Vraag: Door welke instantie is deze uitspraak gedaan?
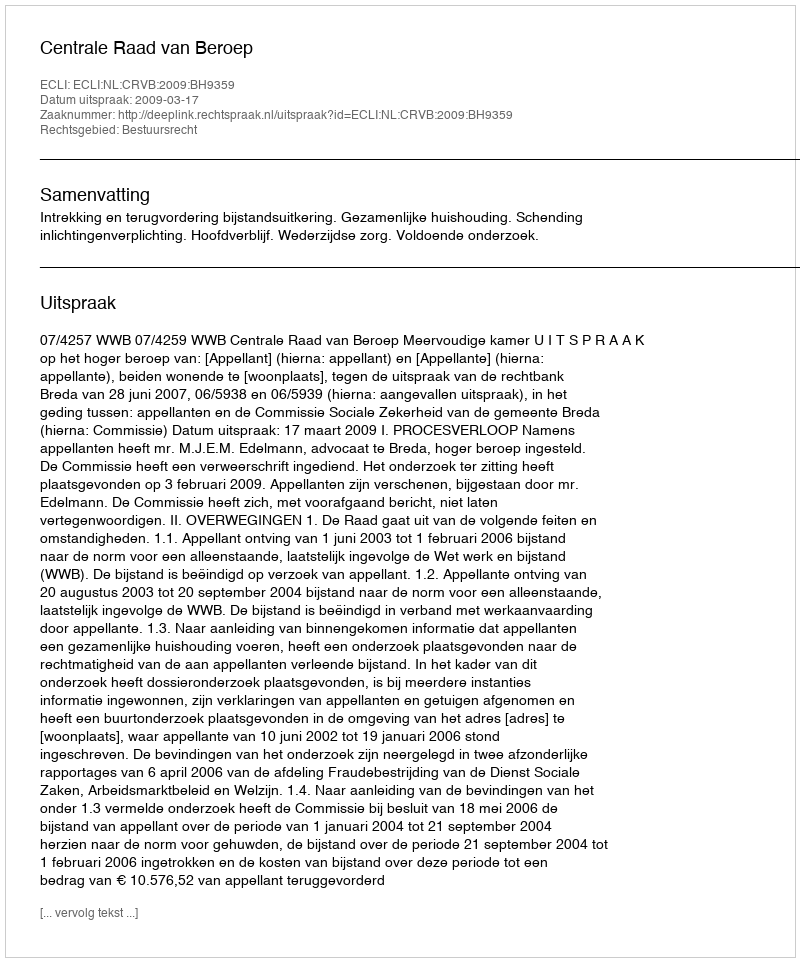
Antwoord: Centrale Raad van Beroep